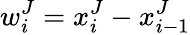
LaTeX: w_{i}^{J}=x_{i}^{J}-x_{i-1}^{J}